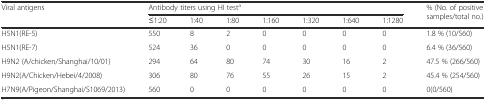
<table><thead><tr><td rowspan="2"><b>Viral antigens</b></td><td colspan="7"><b>Antibody titers using HI test<sup>a</sup></b></td><td rowspan="2"><b>% (No. of positive samples/total no.)</b></td></tr><tr><td><b>≤1:20</b></td><td><b>1:40</b></td><td><b>1:80</b></td><td><b>1:160</b></td><td><b>1:320</b></td><td><b>1:640</b></td><td><b>1:1280</b></td></tr></thead><tbody><tr><td>H5N1(RE-5)</td><td>550</td><td>8</td><td>2</td><td>0</td><td>0</td><td>0</td><td>0</td><td>1.8 % (10/560)</td></tr><tr><td>H5N1(RE-7)</td><td>524</td><td>36</td><td>0</td><td>0</td><td>0</td><td>0</td><td>0</td><td>6.4 % (36/560)</td></tr><tr><td>H9N2 (A/chicken/Shanghai/10/01)</td><td>294</td><td>64</td><td>80</td><td>74</td><td>30</td><td>16</td><td>2</td><td>47.5 % (266/560)</td></tr><tr><td>H9N2(A/Chicken/Hebei/4/2008)</td><td>306</td><td>80</td><td>76</td><td>55</td><td>26</td><td>15</td><td>2</td><td>45.4 % (254/560)</td></tr><tr><td>H7N9(A/Pigeon/Shanghai/S1069/2013)</td><td>560</td><td>0</td><td>0</td><td>0</td><td>0</td><td>0</td><td>0</td><td>0(0/560)</td></tr></tbody></table>